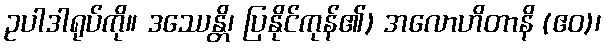
ဥပါဒါရုပ်ကို။ ဒဿေန္တိ၊ ပြနိုင်ကုန်၏) အလောဟိတာနိ (ဧဝ)၊